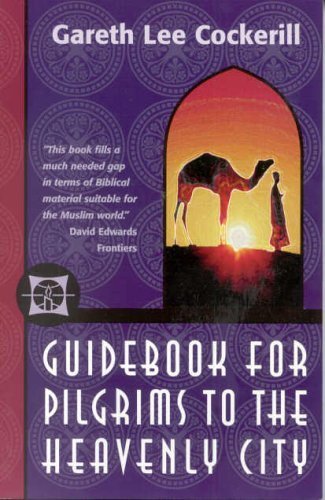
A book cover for Guidebook for Pilgrims to the Heavenly City; COCKERILL GAR; Religion & Spirituality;